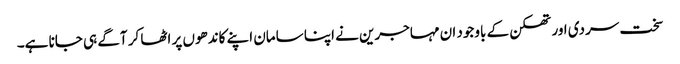
سخت سردی اور تھکن کے باوجود ان مہاجرین نے اپنا سامان اپنے کاندھوں پر اٹھا کر آگے ہی جانا ہے۔